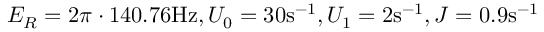
E _ { R } = 2 \pi \cdot 1 4 0 . 7 6 \mathrm { H z } , U _ { 0 } = 3 0 \mathrm { s } ^ { - 1 } , U _ { 1 } = 2 \mathrm { s } ^ { - 1 } , J = 0 . 9 \mathrm { s } ^ { - 1 }